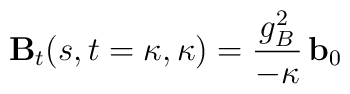
{\mathbf B}_{t}(s,t=\kappa,\kappa)=  \frac{g_{B}^{2}}{-\kappa}\,{\mathbf b}_0